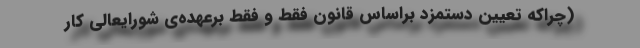
(چراکه تعیین دستمزد براساس قانون فقط و فقط برعهده‌ی شورایعالی کار